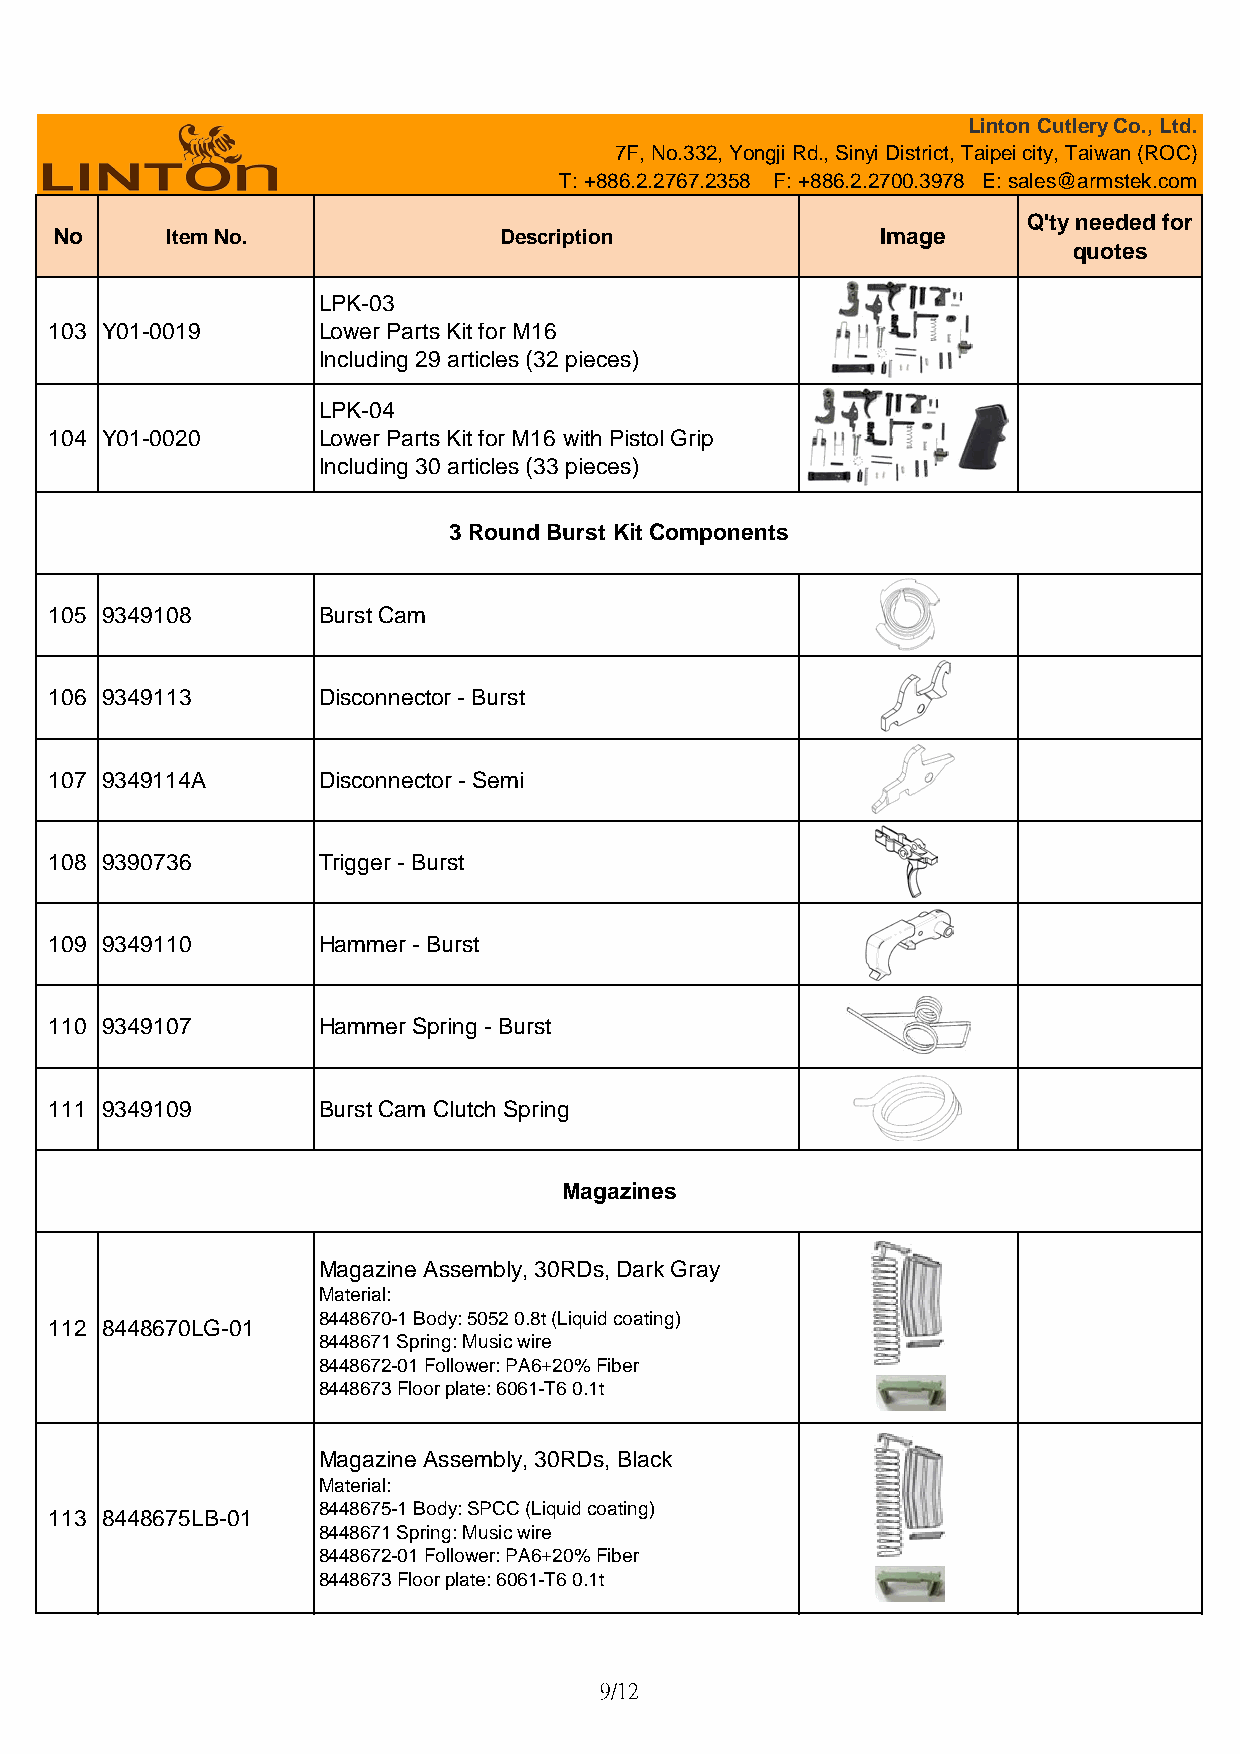
Linton Cutlery Co., Ltd.
 7F, No.332, Yongji Rd., Sinyi District, Taipei city, Taiwan (ROC)
 T: +886.2.2767.2358 F: +886.2.2700.3978 E: sales@armstek.com
 Q'ty needed for
 No      Item No.              Description              Image
 quotes
 LPK-03
 103 Y01-0019      Lower Parts Kit for M16
 Including 29 articles (32 pieces)
 LPK-04
 104 Y01-0020      Lower Parts Kit for M16 with Pistol Grip
 Including 30 articles (33 pieces)
 3 Round Burst Kit Components
 105 9349108       Burst Cam
 106 9349113       Disconnector - Burst
 107 9349114A      Disconnector - Semi
 108 9390736       Trigger - Burst
 109 9349110       Hammer - Burst
 110 9349107       Hammer Spring - Burst
 111 9349109       Burst Cam Clutch Spring
 Magazines
 Magazine Assembly, 30RDs, Dark Gray
 Material:
 8448670-1 Body: 5052 0.8t (Liquid coating)
 112 8448670LG-01
 8448671 Spring: Music wire
 8448672-01 Follower: PA6+20% Fiber
 8448673 Floor plate: 6061-T6 0.1t
 Magazine Assembly, 30RDs, Black
 Material:
 8448675-1 Body: SPCC (Liquid coating)
 113 8448675LB-01
 8448671 Spring: Music wire
 8448672-01 Follower: PA6+20% Fiber
 8448673 Floor plate: 6061-T6 0.1t
 9/12